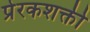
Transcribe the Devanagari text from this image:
प्रेरकशक्ती